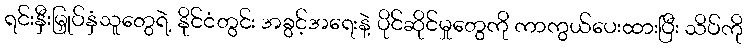
ရင်းနှီးမြှုပ်နှံသူတွေရဲ့ နိုင်ငံတွင်း အခွင့်အရေးနဲ့ ပိုင်ဆိုင်မှုတွေကို ကာကွယ်ပေးထားပြီး သိပ်ကို